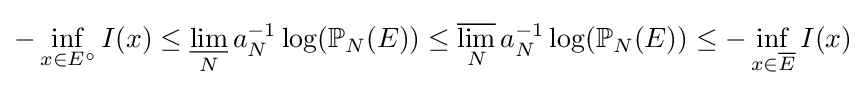
-\inf _{x\in E^{\circ }}I(x)\leq \varliminf _{N}a_{N}^{-1}\log(\mathbb {P} _{N}(E))\leq \varlimsup _{N}a_{N}^{-1}\log(\mathbb {P} _{N}(E))\leq -\inf _{x\in {\overline {E}}}I(x)